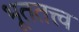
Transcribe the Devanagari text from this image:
भूततत्त्व